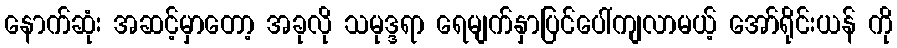
နောက်ဆုံး အဆင့်မှာတော့ အခုလို သမုဒ္ဒရာ ရေမျက်နှာပြင်ပေါ်ကျလာမယ့် အော်ရိုင်းယန် ကို